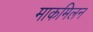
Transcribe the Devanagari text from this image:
माकमिलन